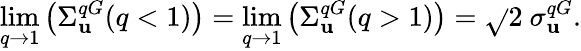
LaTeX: \operatorname*{lim}_{q\to1}\left(\Sigma_{\mathbf{u}}^{qG}(q<1)\right)=\operatorname*{lim}_{q\to1}\left(\Sigma_{\mathbf{u}}^{qG}(q>1)\right)=\sqrt{}{{2}}\ \sigma_{\mathbf{u}}^{qG}.